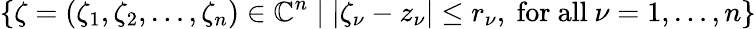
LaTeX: \{ \zeta=(\zeta_{1},\zeta_{2},\dots,\zeta_{n})\in{\mathbb{C}}^{n}\mid|\zeta_{\nu}-z_{\nu}|\leq r_{\nu},{\mathrm{~for~all~}}\nu=1,\dots,n\}